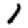
Digit: 1